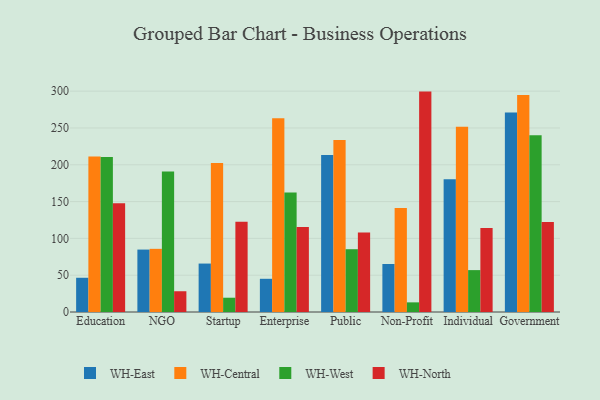
{"axis": {"x": "Segment", "y": "Market Share (%)"}, "legend": ["WH-Central", "WH-East", "WH-North", "WH-West"], "data": [{"x": "Education", "y": 46.5, "type": "WH-East"}, {"x": "Education", "y": 211.1, "type": "WH-Central"}, {"x": "Education", "y": 210.4, "type": "WH-West"}, {"x": "Education", "y": 147.9, "type": "WH-North"}, {"x": "NGO", "y": 84.8, "type": "WH-East"}, {"x": "NGO", "y": 85.8, "type": "WH-Central"}, {"x": "NGO", "y": 190.7, "type": "WH-West"}, {"x": "NGO", "y": 28.2, "type": "WH-North"}, {"x": "Startup", "y": 65.8, "type": "WH-East"}, {"x": "Startup", "y": 202.4, "type": "WH-Central"}, {"x": "Startup", "y": 19.4, "type": "WH-West"}, {"x": "Startup", "y": 122.5, "type": "WH-North"}, {"x": "Enterprise", "y": 45.1, "type": "WH-East"}, {"x": "Enterprise", "y": 263.1, "type": "WH-Central"}, {"x": "Enterprise", "y": 162.3, "type": "WH-West"}, {"x": "Enterprise", "y": 115.5, "type": "WH-North"}, {"x": "Public", "y": 213.2, "type": "WH-East"}, {"x": "Public", "y": 233.8, "type": "WH-Central"}, {"x": "Public", "y": 85.3, "type": "WH-West"}, {"x": "Public", "y": 108.1, "type": "WH-North"}, {"x": "Non-Profit", "y": 65.2, "type": "WH-East"}, {"x": "Non-Profit", "y": 141.2, "type": "WH-Central"}, {"x": "Non-Profit", "y": 13.1, "type": "WH-West"}, {"x": "Non-Profit", "y": 299.4, "type": "WH-North"}, {"x": "Individual", "y": 180.2, "type": "WH-East"}, {"x": "Individual", "y": 251.7, "type": "WH-Central"}, {"x": "Individual", "y": 56.9, "type": "WH-West"}, {"x": "Individual", "y": 114.0, "type": "WH-North"}, {"x": "Government", "y": 270.9, "type": "WH-East"}, {"x": "Government", "y": 294.9, "type": "WH-Central"}, {"x": "Government", "y": 240.1, "type": "WH-West"}, {"x": "Government", "y": 122.3, "type": "WH-North"}]}